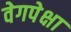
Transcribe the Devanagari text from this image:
वेगपेक्षा